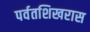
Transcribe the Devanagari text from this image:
पर्वतशिखरास